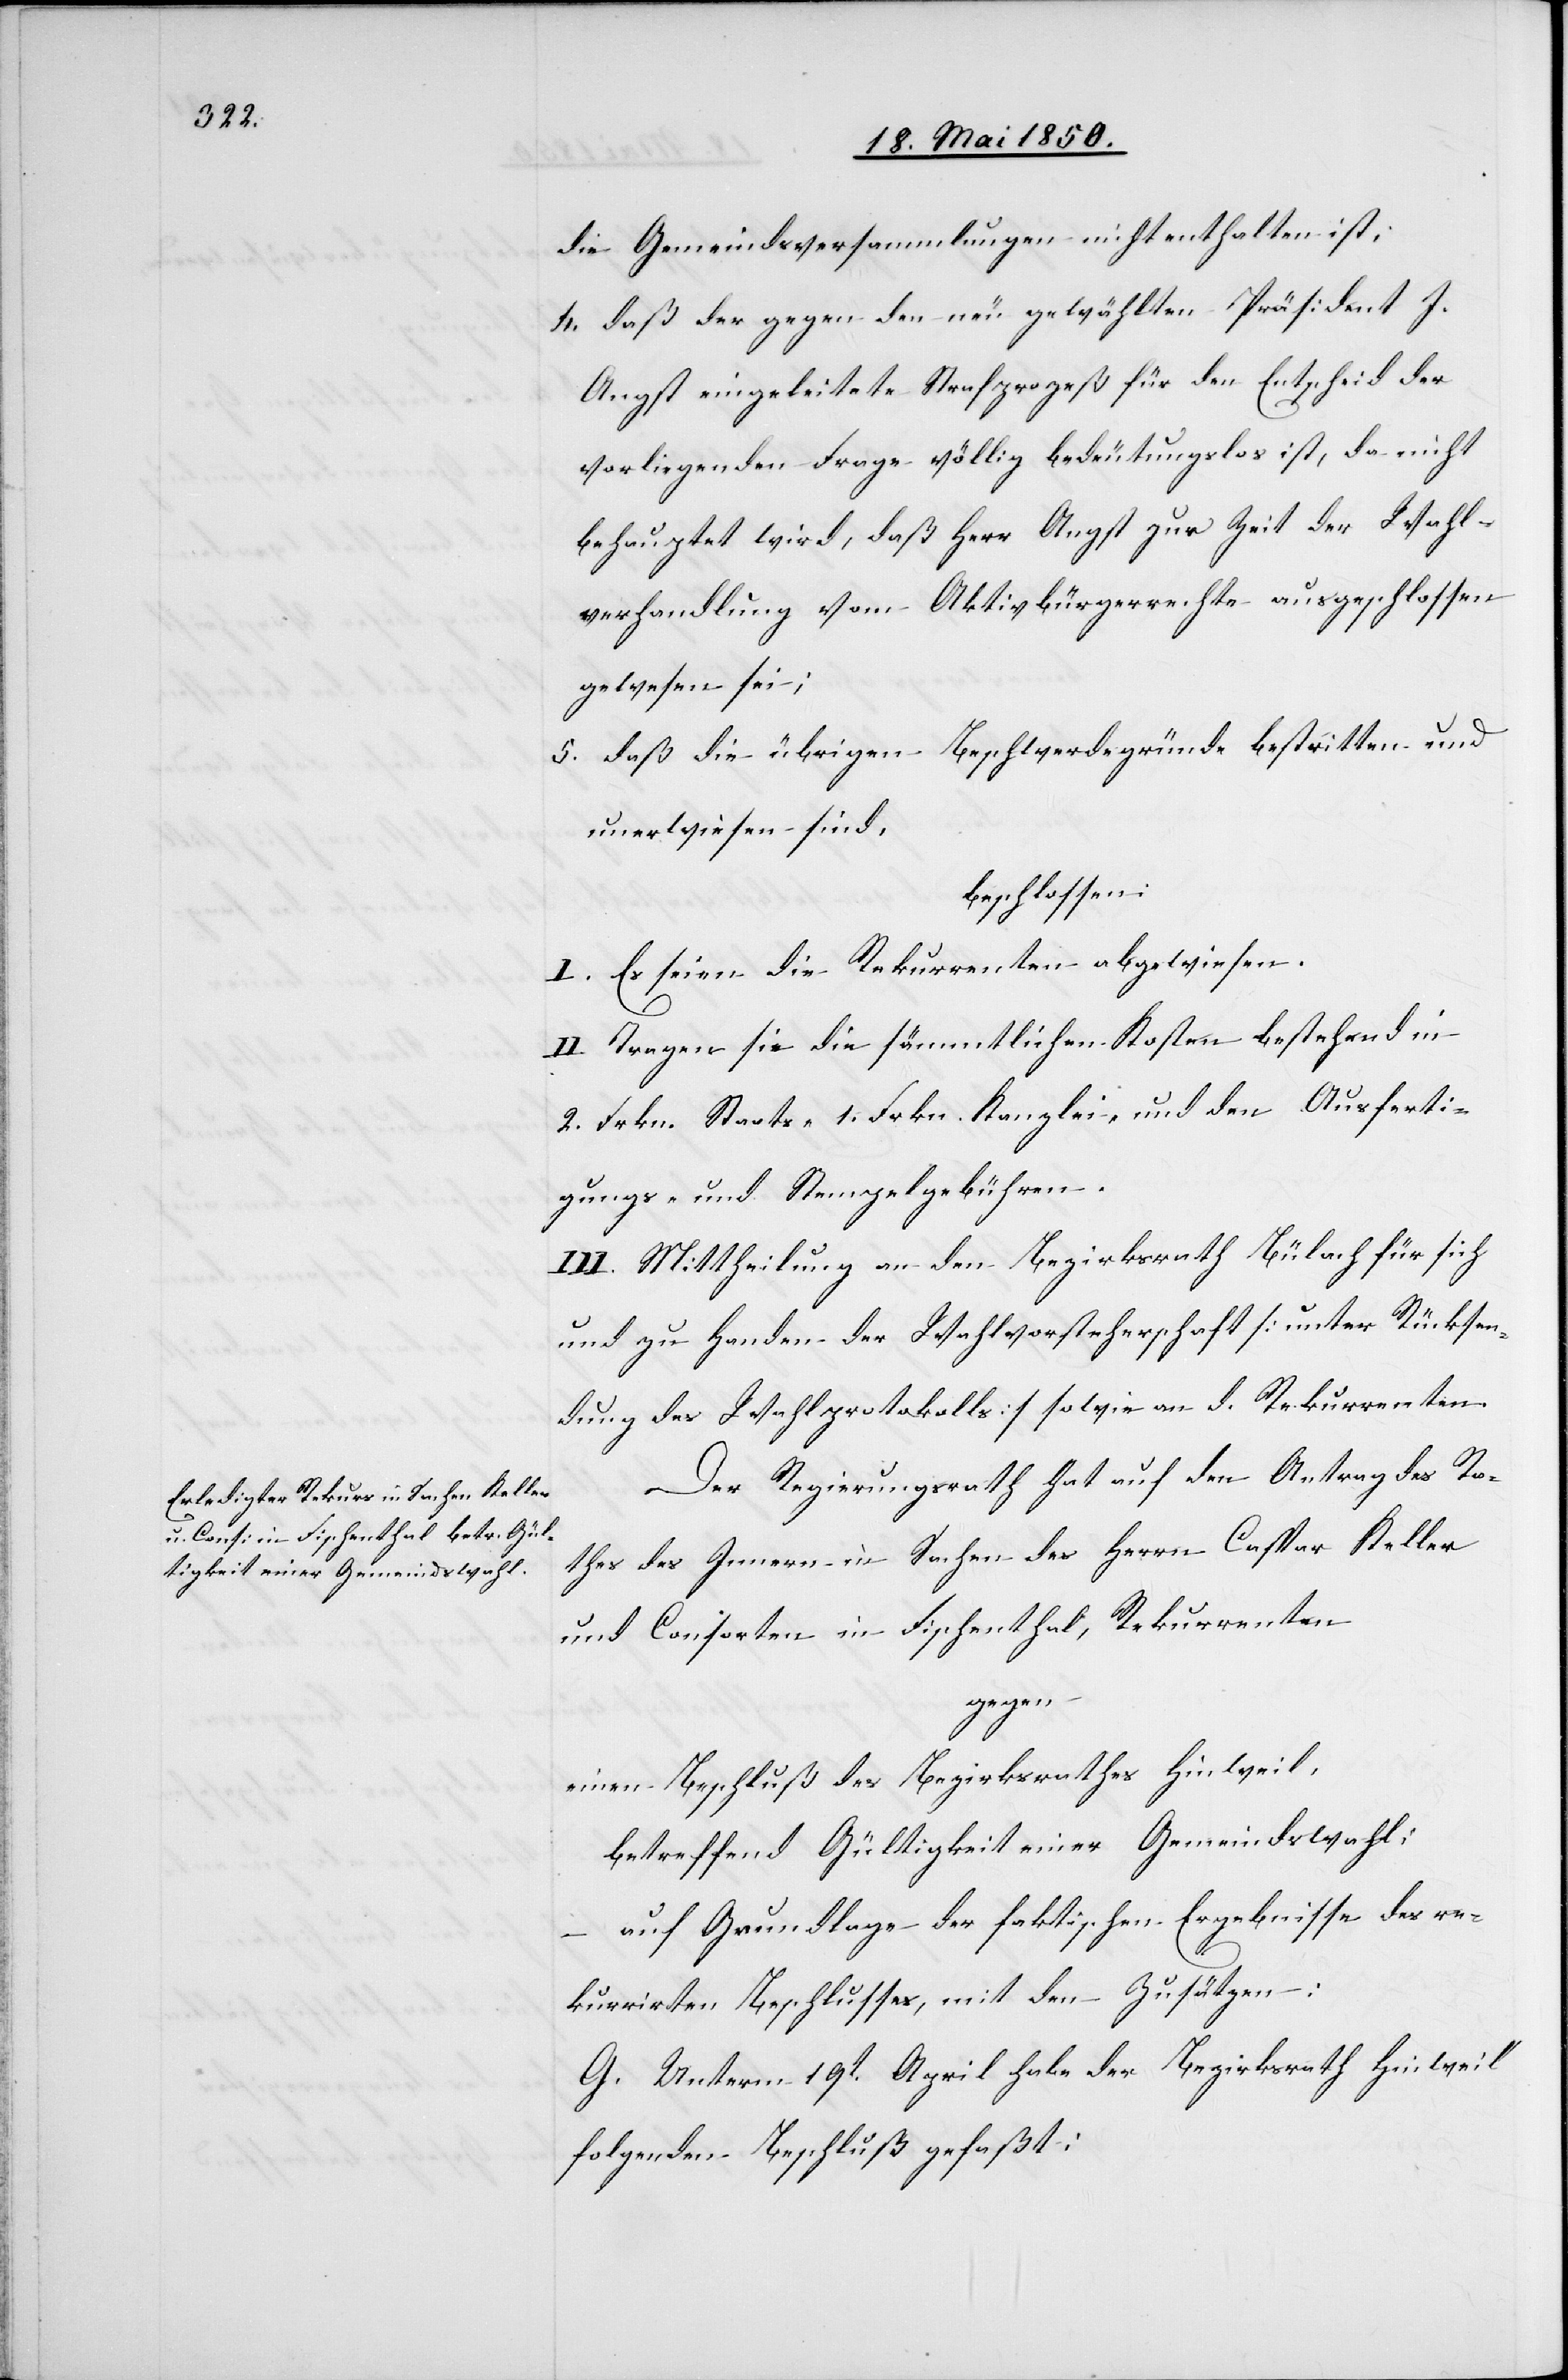
die Gemeindsversammlungen nicht enthalten ist,
4. daß der gegen den neu gewählten Präsident J.
Angst eingeleitete Strafprozeß für den Entscheid der
vorliegenden Frage völlig bedeutungslos ist, da nicht
behauptet wird, daß Herr Angst zur Zeit der Wahl¬
verhandlung vom Aktivbürgerrechte ausgeschlossen
gewesen sei;
5. daß die übrigen Beschwerdegründe bestritten und
unerwiesen sind,
beschlossen:
I. Es seien die Rekurrenten abgewiesen.
II. Tragen sie die sämmtlichen Kosten bestehend in
2. Frkn. Staats-[,] 1. Frkn. Kanzlei- und den Ausferti¬
gungs- und Stempelgebühren.
III. Mittheilung an den Bezirksrath Bülach für sich
und zu Handen der Wahlvorsteherschaft [unter Rücksen¬
dung des Wahlprotokolls] sowie an d. Rekurrenten.
Der Regierungsrath hat auf den Antrag des Ra¬
thes des Innern in Sachen des Herrn Caspar Keller
und Consorten in Fischenthal, Rekurrenten
gegen
einen Beschluß des Bezirksrathes Hinweil,
betreffend Gültigkeit einer Gemeindswahl:
– auf Grundlage der faktischen Ergebnisse des re¬
kurriten Beschlusses, mit den Zusätzen:
G. Unterm 19t April habe der Bezirksrath Hinweil
folgenden Beschluß gefaßt: